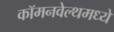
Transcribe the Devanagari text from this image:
कॉमनवेल्थमध्ये